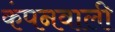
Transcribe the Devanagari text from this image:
कंपनवाली